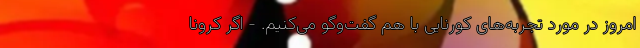
امروز در مورد تجربه‌های کورنایی با هم گفت‌وگو می‌کنیم. - اگر کرونا